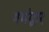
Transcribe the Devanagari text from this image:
गर्भद्वार